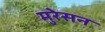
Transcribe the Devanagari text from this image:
मुरेसन